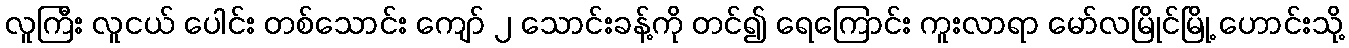
လူကြီး လူငယ် ပေါင်း တစ်သောင်း ကျော် ၂ သောင်းခန့်ကို တင်၍ ရေကြောင်း ကူးလာရာ မော်လမြိုင်မြို့ ဟောင်းသို့